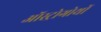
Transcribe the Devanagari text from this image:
ऑस्ट्रोगोथों